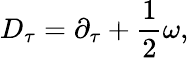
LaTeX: D_{\tau}=\partial_{\tau}+{\frac{1}{2}}\omega,